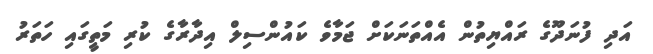
އަދި ފުނަދޫގެ ރައްޔިތުން އެއްތަނަކަށް ޖަމާވެ ކައުންސިލް އިދާރާގެ ކުރި މަތީގައި ހަތަރު